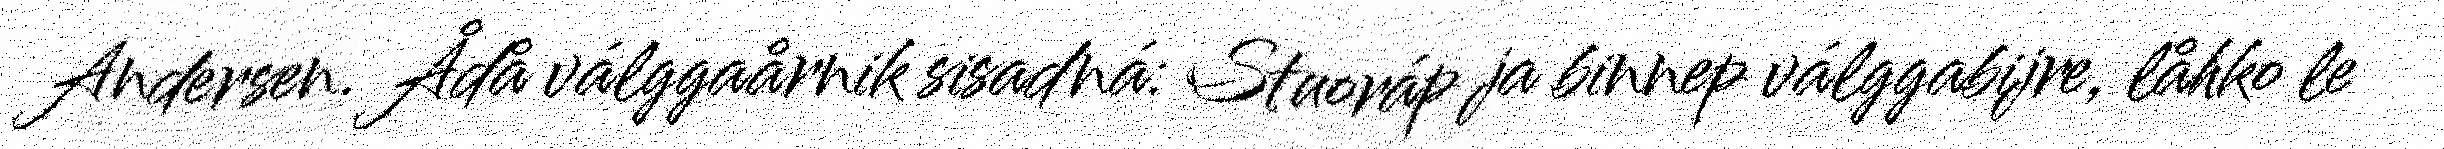
Andersen. Ådå válggaårnik sisadná: Stuoráp ja binnep válggabijre, låhko le